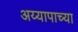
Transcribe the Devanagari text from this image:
अय्यापाच्या